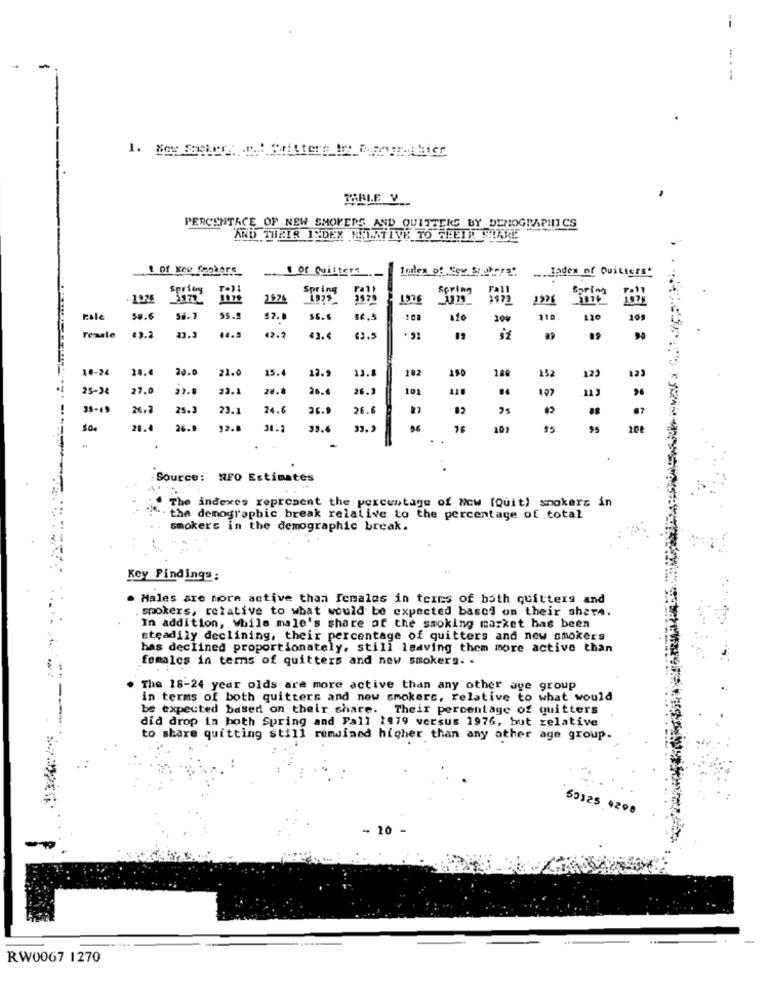
--
TARIF V_
PERCENTACE OF NEW SMOKERS AND QUITTERS BY DEMOGRAPHICS
AND THEIR INDEX KEURTIVE TO THEIP STARLE
of New Cookers
. of Quilters __
... Lodex of Quitters.
Spring
Spring
Fal
Roring
Spring
2926
397
ott
Role
58.6
56. 1
55.9
57.1
$6.6
410
200
219
12.2
Tezale
83.2
43.4
63.5
10-24
20.0
22.0
15.4
13.
13.5
182
190
180
152
122
12)
25-38
27.0
27.5
23.1
26.
26.5
101
11.
107
123
35-49
26.2
25.3
23.1
24.6
26.9
26.1
87
28.4
26.9
12.8
31-2
33.6
33.3
76
$5
: Source: RFO Estimates
The indexes represent the percentage of Now (Quit) smokers in
the demographic break relative to the percentage of total
smokers in the demographic break.
Key Findings:
. Males are more active than females in terms of both quitters and
. smokers, relative to what would be expected based on their share.
In addition, while male's share of the smoking market has been
steadily declining, their percentage of quitters and new smokers
has declined proportionately, still leaving them more active than
females in terms of quitters and new smokers. .
-
The 18-24 year olds are more active than any other age group
in terms of both quitters and new smokers, relative to what would
be expected based on their share. Their percentage of quitters
did drop in both Spring and Fall 1979 versus 1976, but zelative
to share quitting still remained higher than any other age group.
50125 4298
- 10
RW0067 1270